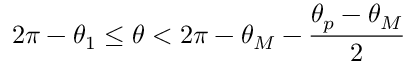
2 \pi - \theta _ { 1 } \le \theta < 2 \pi - \theta _ { M } - \frac { \theta _ { p } - \theta _ { M } } { 2 }